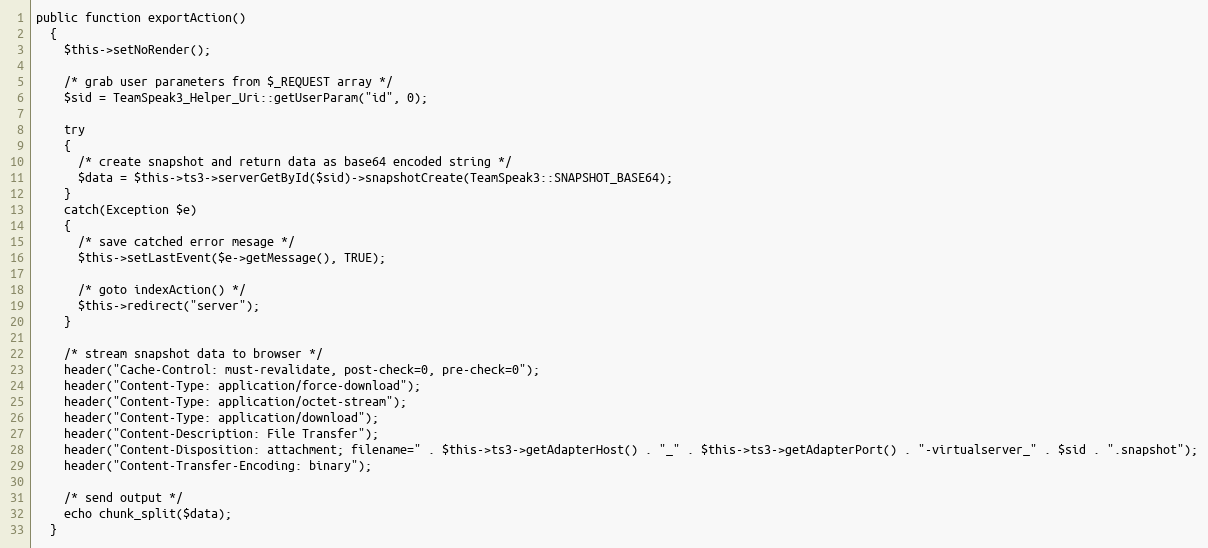
Language: PHP
public function exportAction()
  {
    $this->setNoRender();

    /* grab user parameters from $_REQUEST array */
    $sid = TeamSpeak3_Helper_Uri::getUserParam("id", 0);

    try
    {
      /* create snapshot and return data as base64 encoded string */
      $data = $this->ts3->serverGetById($sid)->snapshotCreate(TeamSpeak3::SNAPSHOT_BASE64);
    }
    catch(Exception $e)
    {
      /* save catched error mesage */
      $this->setLastEvent($e->getMessage(), TRUE);

      /* goto indexAction() */
      $this->redirect("server");
    }

    /* stream snapshot data to browser */
    header("Cache-Control: must-revalidate, post-check=0, pre-check=0");
    header("Content-Type: application/force-download");
    header("Content-Type: application/octet-stream");
    header("Content-Type: application/download");
    header("Content-Description: File Transfer");
    header("Content-Disposition: attachment; filename=" . $this->ts3->getAdapterHost() . "_" . $this->ts3->getAdapterPort() . "-virtualserver_" . $sid . ".snapshot");
    header("Content-Transfer-Encoding: binary");

    /* send output */
    echo chunk_split($data);
  }